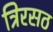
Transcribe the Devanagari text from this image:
त्रिरसठ